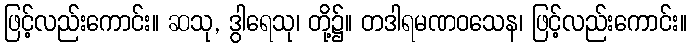
ဖြင့်လည်းကောင်း။ ဆသု, ဒွါရေသု၊ တို့၌။ တဒါရမဏဝသေန၊ ဖြင့်လည်းကောင်း။